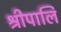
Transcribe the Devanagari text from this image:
श्रीपालि